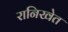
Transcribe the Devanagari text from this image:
रानिखेत